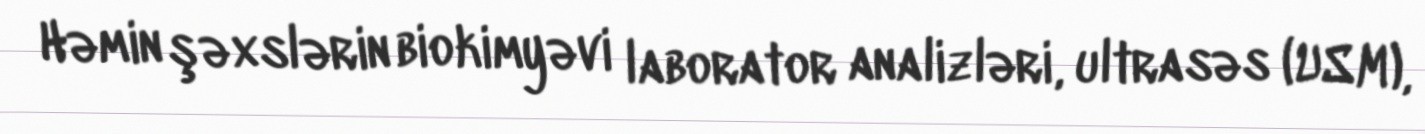
Həmin şəxslərin biokimyəvi laborator analizləri, ultrasəs (USM),